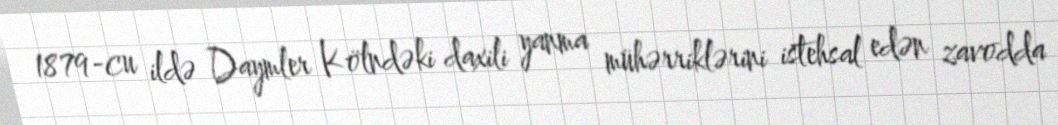
1879-cu ildə Daymler Kölndəki daxili yanma mühərriklərini istehsal edən zavodda